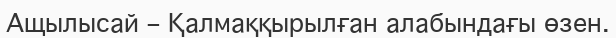
Ащылысай – Қалмаққырылған алабындағы өзен.